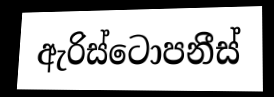
ඇරිස්ටොපනීස්